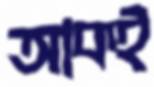
আকই